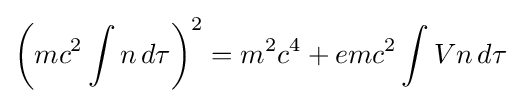
\left(mc^{2}\int n\,d\tau \right)^{2}=m^{2}c^{4}+emc^{2}\int Vn\,d\tau